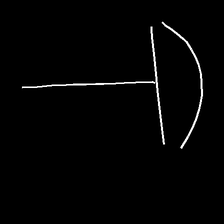
Glyph: dispersion